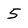
Character: 5